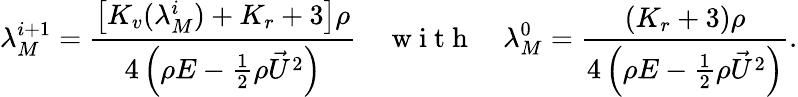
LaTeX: \lambda_{M}^{i+1}=\frac{\left[K_{v}(\lambda_{M}^{i})+K_{r}+3\right]\rho}{4\left(\rho E-\frac{1}{2}\rho\vec{U}^{2}\right)}\quad\mathrm{~w~i~t~h~}\quad\lambda_{M}^{0}=\frac{\left(K_{r}+3\right)\rho}{4\left(\rho E-\frac{1}{2}\rho\vec{U}^{2}\right)}.